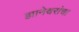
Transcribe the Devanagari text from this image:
ज्ञानेश्र्वरांचा